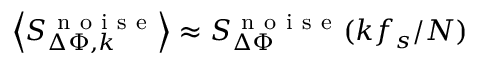
\left< S _ { \Delta \Phi , k } ^ { \mathrm { ~ n ~ o ~ i ~ s ~ e ~ } } \right> \approx S _ { \Delta \Phi } ^ { \mathrm { ~ n ~ o ~ i ~ s ~ e ~ } } ( k f _ { s } / N )